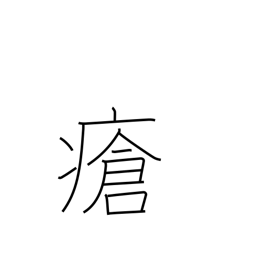
Meaning: wound